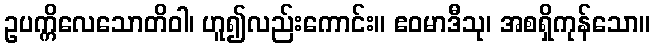
ဥပက္ကိလေသောတိဝါ၊ ဟူ၍လည်းကောင်း။ ဧဝမာဒီသု၊ အစရှိကုန်သော။